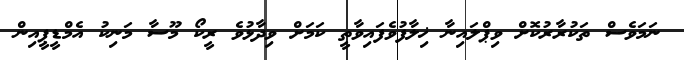
ނަމަވެސް ތަކުރާރުކޮށް ވިޕްލައިނާ ޚިލާފުވެފައިވާތީ ކަމަށް ވިދާޅުވެ ރީކޯ މޫސާ މަނިކު އެމްޑީޕީއިން